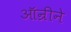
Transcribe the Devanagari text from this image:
ऑन्रीने